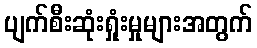
ပျက်စီးဆုံးရှုံးမှုများအတွက်